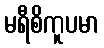
မရီစိကူပမာ